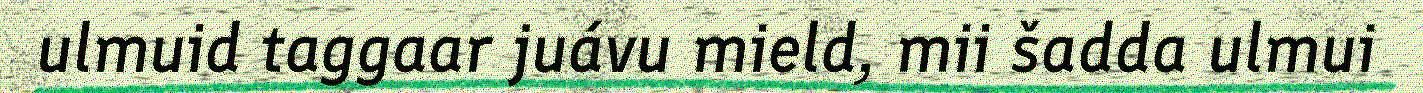
ulmuid taggaar juávu mield, mii šadda ulmui